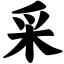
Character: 采